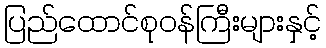
ပြည်ထောင်စုဝန်ကြီးများနှင့်